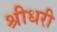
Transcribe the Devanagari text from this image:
श्रीधरी